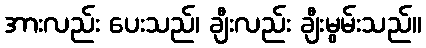
အားလည်း ပေးသည်၊ ချီးလည်း ချီးမွမ်းသည်။